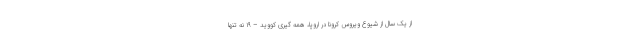
از یک سال از شیوع ویروس کرونا در اروپا، همه گیری کووید – ۱۹ نه تنها